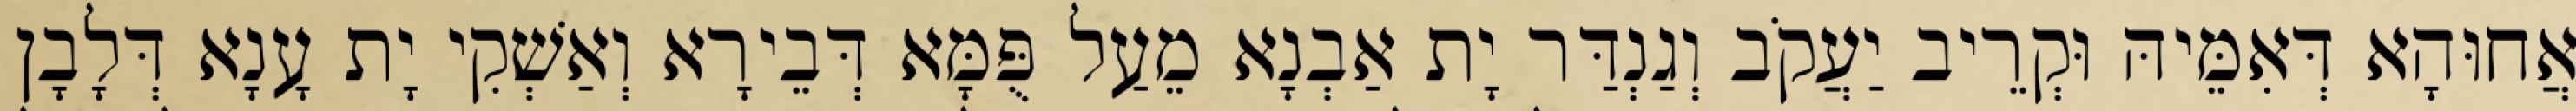
אֲחוּהָא דְּאִמֵּיהּ וּקְרֵיב יַעֲקֹב וְגַנְדַּר יָת אַבְנָא מֵעַל פֻּמָּא דְּבֵירָא וְאַשְׁקִי יָת עָנָא דְּלָבָן